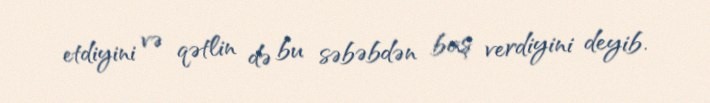
etdiyini və qətlin də bu səbəbdən baş verdiyini deyib.